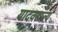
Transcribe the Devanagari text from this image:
यादवराज्य